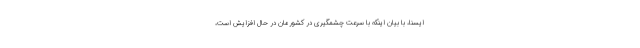
ایسنا، با بیان اینکه با سرعت چشمگیری در کشورمان در حال افزایش است،